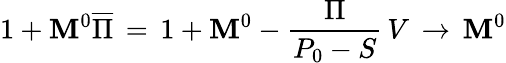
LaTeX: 1+\mathbf{M}^{0}\overline{{{\Pi}}}\, =\, 1+\mathbf{M}^{0}-{\frac{{\Pi}}{{P_{0}-S}}}\, V\, \to\, \mathbf{M}^{0}